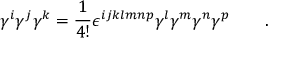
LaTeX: \gamma ^ { i } \gamma ^ { j } \gamma ^ { k } = \frac { 1 } { 4 ! } \epsilon ^ { i j k l m n p } \gamma ^ { l } \gamma ^ { m } \gamma ^ { n } \gamma ^ { p } \qquad .